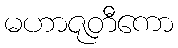
မဟာဇုတီကော